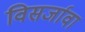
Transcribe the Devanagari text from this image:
विसर्जावा